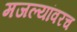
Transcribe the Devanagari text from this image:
मजल्यांवरच